Annual report of lunatic asylums [Bombay] - 1912-1922
Year: 1912
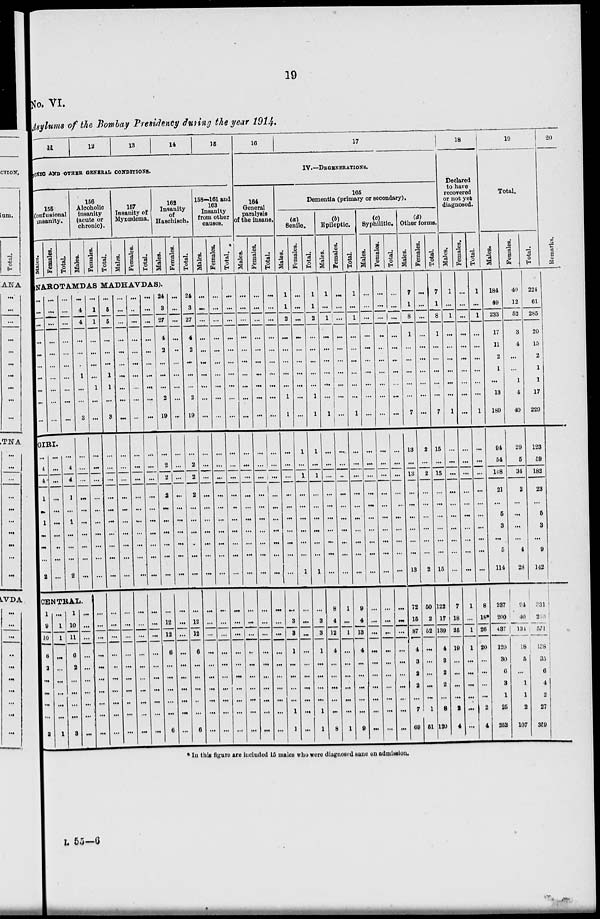
19
No. VI.
Asylums of the Bombay Presidency during the year 1914.
11
12
13
14
15
OXIC AND OTHER GENERAL CONDITIONS.
155
Confusional
insanity.
Males.
Females.
Total.
156
Alcoholic
insanity
(acute or
chronic).
Males.
Females.
Total.
157
Insanity of
Myxœdema.
Males.
Females.
Total.
162
Insanity
of
Haschisch.
Males.
Females.
NAROTAMDAS MADHAVDAS).
...
...
...
...
...
...
...
...
...
...
...
...
...
...
...
...
...
...
...
...
...
...
...
...
...
...
...
...
...
...
GIRI.
...
4
4
1
...
1
...
...
...
2
...
...
...
...
...
...
...
...
...
...
...
4
4
1
...
1
...
...
...
2
...
4
4
...
...
...
1
...
...
3
...
...
...
...
...
...
...
...
...
...
CENTRAL.
1
9
9
6
2
...
...
...
...
2
...
1
1
...
...
...
...
...
...
1
1
10
11
6
2
...
...
...
...
3
...
...
...
...
...
...
...
...
...
...
...
1
1
...
...
...
...
1
...
...
...
...
...
...
...
...
...
...
...
...
...
...
...
...
...
...
...
...
...
...
...
5
5
...
...
...
1
1
...
3
...
...
...
...
...
...
...
...
...
...
...
...
...
...
...
...
...
...
...
...
...
...
...
...
...
...
...
...
...
...
...
...
...
...
...
...
...
...
...
...
...
...
...
...
...
...
...
...
...
...
...
...
...
...
...
...
...
...
...
...
...
...
...
...
...
...
...
...
...
...
...
...
...
...
...
...
...
...
...
...
...
...
...
...
...
...
...
...
...
...
...
...
...
...
...
...
...
...
...
...
...
...
...
...
...
...
...
...
...
...
24
3
27
4
2
...
...
...
2
19
...
2
2
2
...
...
...
...
...
...
...
12
12
6
...
...
...
...
...
6
...
...
...
...
...
...
...
...
...
...
...
...
...
...
...
...
...
...
...
...
...
...
...
...
...
...
...
...
...
...
Total.
24
3
27
4
2
...
...
...
2
19
...
2
2
2
...
...
...
...
...
...
...
12
12
6
...
...
...
...
...
6
158—161 and
163
Insanity
from other
causes.
Males.
...
...
...
...
...
...
...
...
...
...
...
...
...
...
...
...
...
...
...
...
...
...
...
...
...
...
...
...
...
...
Females.
...
...
...
...
...
...
...
...
...
...
...
...
...
...
...
...
...
...
...
...
...
...
...
...
...
...
...
...
...
...
Total.
...
...
...
...
...
...
...
...
...
...
...
...
...
...
...
...
...
...
...
...
...
...
...
...
...
...
...
...
...
...
16
17
IV.—DEGENERATIONS.
164
General
paralysis
of the insane.
Males.
...
...
...
...
...
...
...
...
...
...
...
...
...
...
...
...
...
...
...
...
...
...
...
...
...
...
...
...
...
...
Females.
...
...
...
...
...
...
...
...
...
...
...
...
...
...
...
...
...
...
...
...
...
...
...
...
...
...
...
...
...
Total.
...
...
...
...
...
...
...
...
...
...
...
...
...
...
...
...
...
...
...
...
...
...
...
...
...
...
...
...
...
...
165
Dementia (primary or secondary).
(a)
Senile.
Males.
1
1
2
...
...
...
...
...
1
1
...
...
...
...
...
...
...
...
...
...
...
3
3
1
...
...
...
...
1
1
Females.
...
...
...
...
...
...
...
...
...
...
1
...
1
...
...
...
...
...
...
1
...
...
...
...
...
...
...
...
...
...
Total.
1
1
2
...
...
...
...
...
1
1
1
...
1
...
...
...
...
...
...
1
...
3
3
1
...
...
...
...
1
1
(b)
Epileptic.
Males.
1
...
1
...
...
...
...
...
...
1
...
...
...
...
...
...
...
...
...
...
8
4
12
4
...
...
...
...
...
8
Females.
...
...
...
...
...
...
...
...
...
...
...
...
...
...
...
...
...
...
...
...
1
...
1
...
...
...
...
...
...
1
Total.
1
...
1
...
...
...
...
...
...
1
...
...
...
...
...
...
...
...
...
...
9
4
13
4
...
...
...
...
...
9
(c)
Syphilitic.
Males.
...
...
...
...
...
...
...
...
...
...
...
...
...
...
...
...
...
...
...
...
...
...
...
...
...
...
...
...
...
...
Females.
...
...
...
...
...
...
...
...
...
...
...
...
...
...
...
...
...
...
...
...
...
...
...
...
...
...
...
...
...
...
Total.
...
...
...
...
...
...
...
...
...
...
...
...
...
...
...
...
...
...
...
...
...
...
...
...
...
...
...
...
...
...
(d)
Other forms.
Males.
7
1
8
1
...
...
...
...
...
7
13
...
13
...
...
...
...
...
...
13
72
15
87
4
3
2
2
...
7
69
Females.
...
...
...
...
...
...
...
...
...
...
2
...
2
...
...
...
...
...
...
2
50
2
52
...
...
...
...
...
1
51
Total.
7
1
8
1
...
...
...
...
...
7
15
...
15
...
...
...
...
...
...
15
122
17
139
4
3
2
2
...
8
120
18
Declared
to have
recovered
or not yet
diagnosed.
Males.
1
...
1
...
...
...
...
...
...
1
...
...
...
...
...
...
...
...
...
...
7
18
25
19
...
...
...
...
2
4
Females.
...
...
...
...
...
...
...
...
...
...
...
...
...
...
...
...
...
...
...
...
1
...
1
1
...
...
...
...
...
...
Total.
1
...
1
...
...
...
...
...
...
1
...
...
...
...
...
...
...
...
...
...
8
18*
26
20
...
...
...
...
2
4
19
Total.
Males.
184
49
233
17
11
2
1
...
13
180
94
54
148
21
...
5
3
...
5
114
287
200
487
120
30
6
3
1
25
252
Females.
40
12
52
3
4
...
...
1
4
40
29
5
34
2
...
...
...
...
4
23
94
40
131
18
5
...
1
1
2
107
Total.
224
61
285
20
15
2
1
1
17
220
123
59
182
23
...
5
3
...
9
142
331
210
571
138
35
6
4
2
27
350
20
Remarks.
* In this figure are included 15 males who were diagnosed sane on admission.
L 55—6